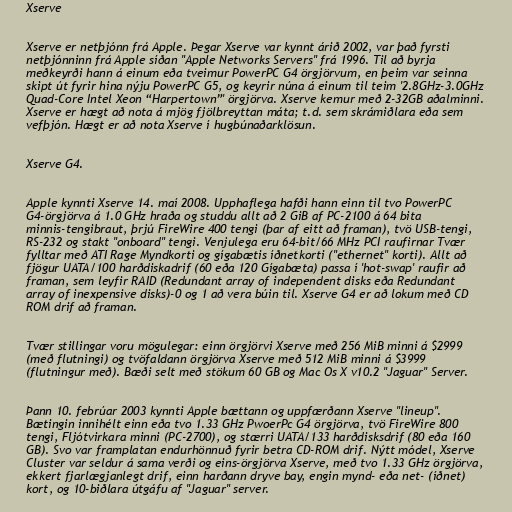
Xserve

Xserve er netþjónn frá Apple. Þegar Xserve var kynnt árið 2002, var það fyrsti
netþjónninn frá Apple síðan "Apple Networks Servers" frá 1996. Til að byrja
meðkeyrði hann á einum eða tveimur PowerPC G4 örgjörvum, en þeim var seinna
skipt út fyrir hina nýju PowerPC G5, og keyrir núna á einum til teim '2.8GHz-3.0GHz
Quad-Core Intel Xeon “Harpertown”' örgjörva. Xserve kemur með 2-32GB aðalminni.
Xserve er hægt að nota á mjög fjölbreyttan máta; t.d. sem skrámiðlara eða sem
vefþjón. Hægt er að nota Xserve í hugbúnaðarklösun.

Xserve G4.

Apple kynnti Xserve 14. maí 2008. Upphaflega hafði hann einn til tvo PowerPC
G4-örgjörva á 1.0 GHz hraða og studdu allt að 2 GiB af PC-2100 á 64 bita
minnis-tengibraut, þrjú FireWire 400 tengi (þar af eitt að framan), tvö USB-tengi,
RS-232 og stakt "onboard" tengi. Venjulega eru 64-bit/66 MHz PCI raufirnar Tvær
fylltar með ATI Rage Myndkorti og gígabætis íðnetkorti ("ethernet" korti). Allt að
fjögur UATA/100 harðdiskadrif (60 eða 120 Gígabæta) passa í 'hot-swap' raufir að
framan, sem leyfir RAID (Redundant array of independent disks eða Redundant
array of inexpensive disks)-0 og 1 að vera búin til. Xserve G4 er að lokum með CD
ROM drif að framan.

Tvær stillingar voru mögulegar: einn örgjörvi Xserve með 256 MiB minni á $2999
(með flutningi) og tvöfaldann örgjörva Xserve með 512 MiB minni á $3999
(flutningur með). Bæði selt með stökum 60 GB og Mac Os X v10.2 "Jaguar" Server.

Þann 10. febrúar 2003 kynnti Apple bættann og uppfærðann Xserve "lineup".
Bætingin innihélt einn eða tvo 1.33 GHz PwoerPc G4 örgjörva, tvö FireWire 800
tengi, Fljótvirkara minni (PC-2700), og stærri UATA/133 harðdisksdrif (80 eða 160
GB). Svo var framplatan endurhönnuð fyrir betra CD-ROM drif. Nýtt módel, Xserve
Cluster var seldur á sama verði og eins-örgjörva Xserve, með tvo 1.33 GHz örgjörva,
ekkert fjarlægjanlegt drif, einn harðann dryve bay, engin mynd- eða net- (íðnet)
kort, og 10-biðlara útgáfu af "Jaguar" server.